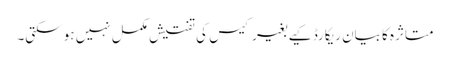
متاثرہ کا بیان ریکارڈ کیے بغیر کیس کی تفتیش مکمل نہیں ہو سکتی۔